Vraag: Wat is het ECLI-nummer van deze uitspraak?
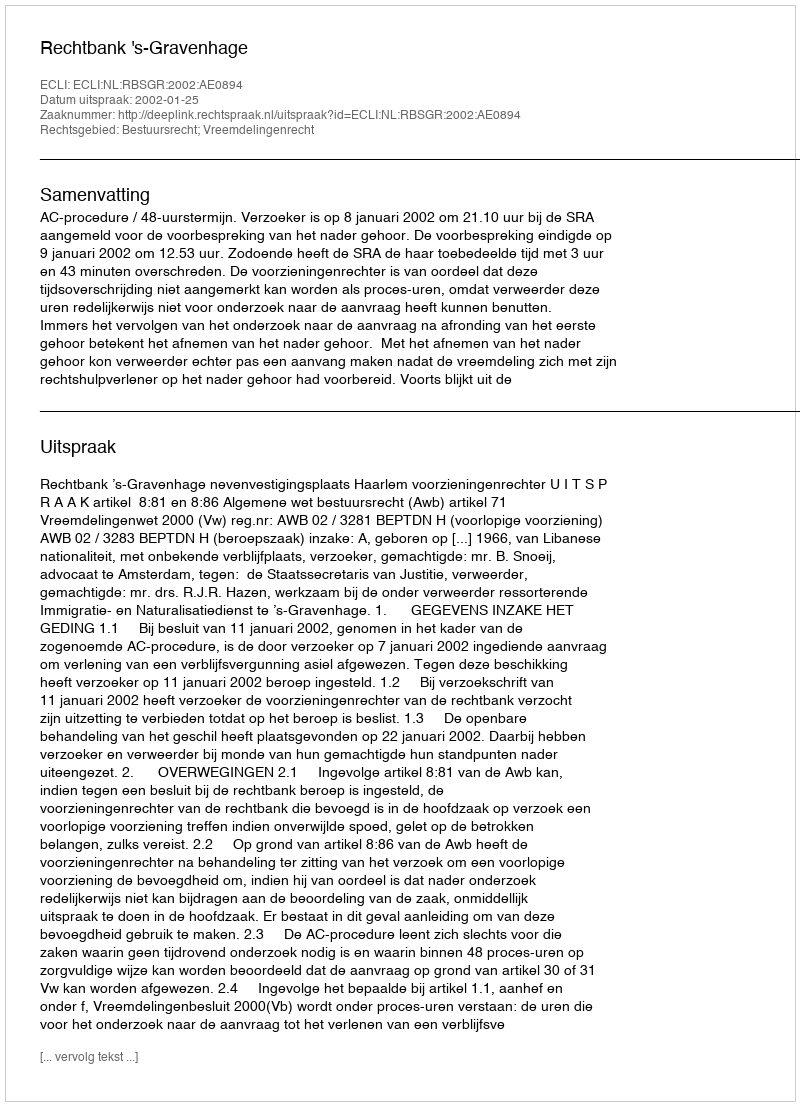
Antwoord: ECLI:NL:RBSGR:2002:AE0894